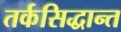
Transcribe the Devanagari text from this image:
तर्कसिद्धान्त